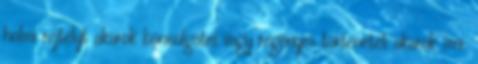
holmi rejtélyt akarok boncolgatni vagy regényes történetet akarok írni.